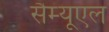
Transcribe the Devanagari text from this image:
सैम्‍यूएल